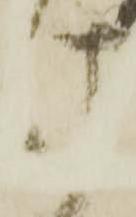
け